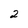
Character: 2